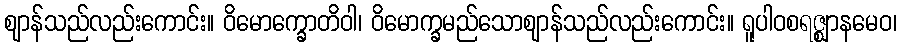
ဈာန်သည်လည်းကောင်း။ ဝိမောက္ခောတိဝါ၊ ဝိမောက္ခမည်သောဈာန်သည်လည်းကောင်း။ ရူပါဝစရဇ္ဈာနမေဝ၊